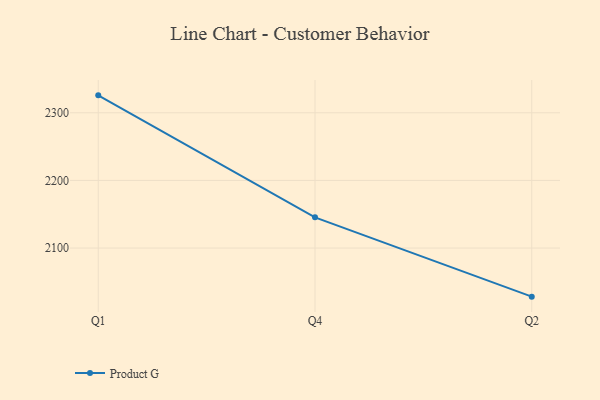
{"axis": {"x": "Quarter", "y": "Market Share (%)"}, "legend": ["Product G"], "data": [{"x": "Q1", "y": 2325.8, "type": "Product G"}, {"x": "Q4", "y": 2145.4, "type": "Product G"}, {"x": "Q2", "y": 2028.1, "type": "Product G"}]}